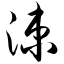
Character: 涑